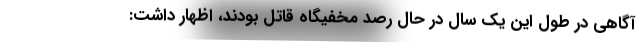
آگاهی در طول این یک سال در حال رصد مخفیگاه قاتل بودند، اظهار داشت: